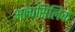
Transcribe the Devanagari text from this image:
अल्पसिलिक